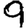
Digit: 9